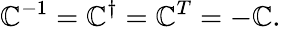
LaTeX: \mathbb{C}^{-1}=\mathbb{C}^{\dagger}=\mathbb{C}^{T}=-\mathbb{C}.